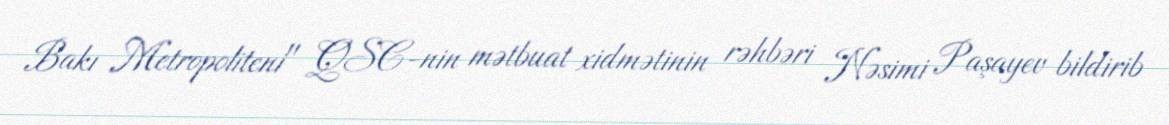
Bakı Metropoliteni" QSC-nin mətbuat xidmətinin rəhbəri Nəsimi Paşayev bildirib